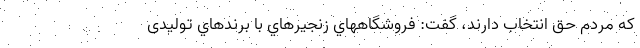
كه مردم حقِ انتخاب دارند، گفت: فروشگاههاي زنجيرهاي با برندهاي تولیدی